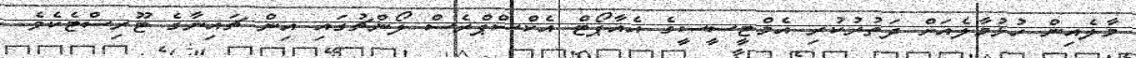
މާލެއިން ހުޅުމާލެއަށް ދަތުރުކުރި އެމްޓީސީސީގެ އެއާޕޯޓް އެކްސްޕްރެސް ލޯންޗުގައި އިން ޗައިނާގެ ޓޫރިސްޓެކެވެ.